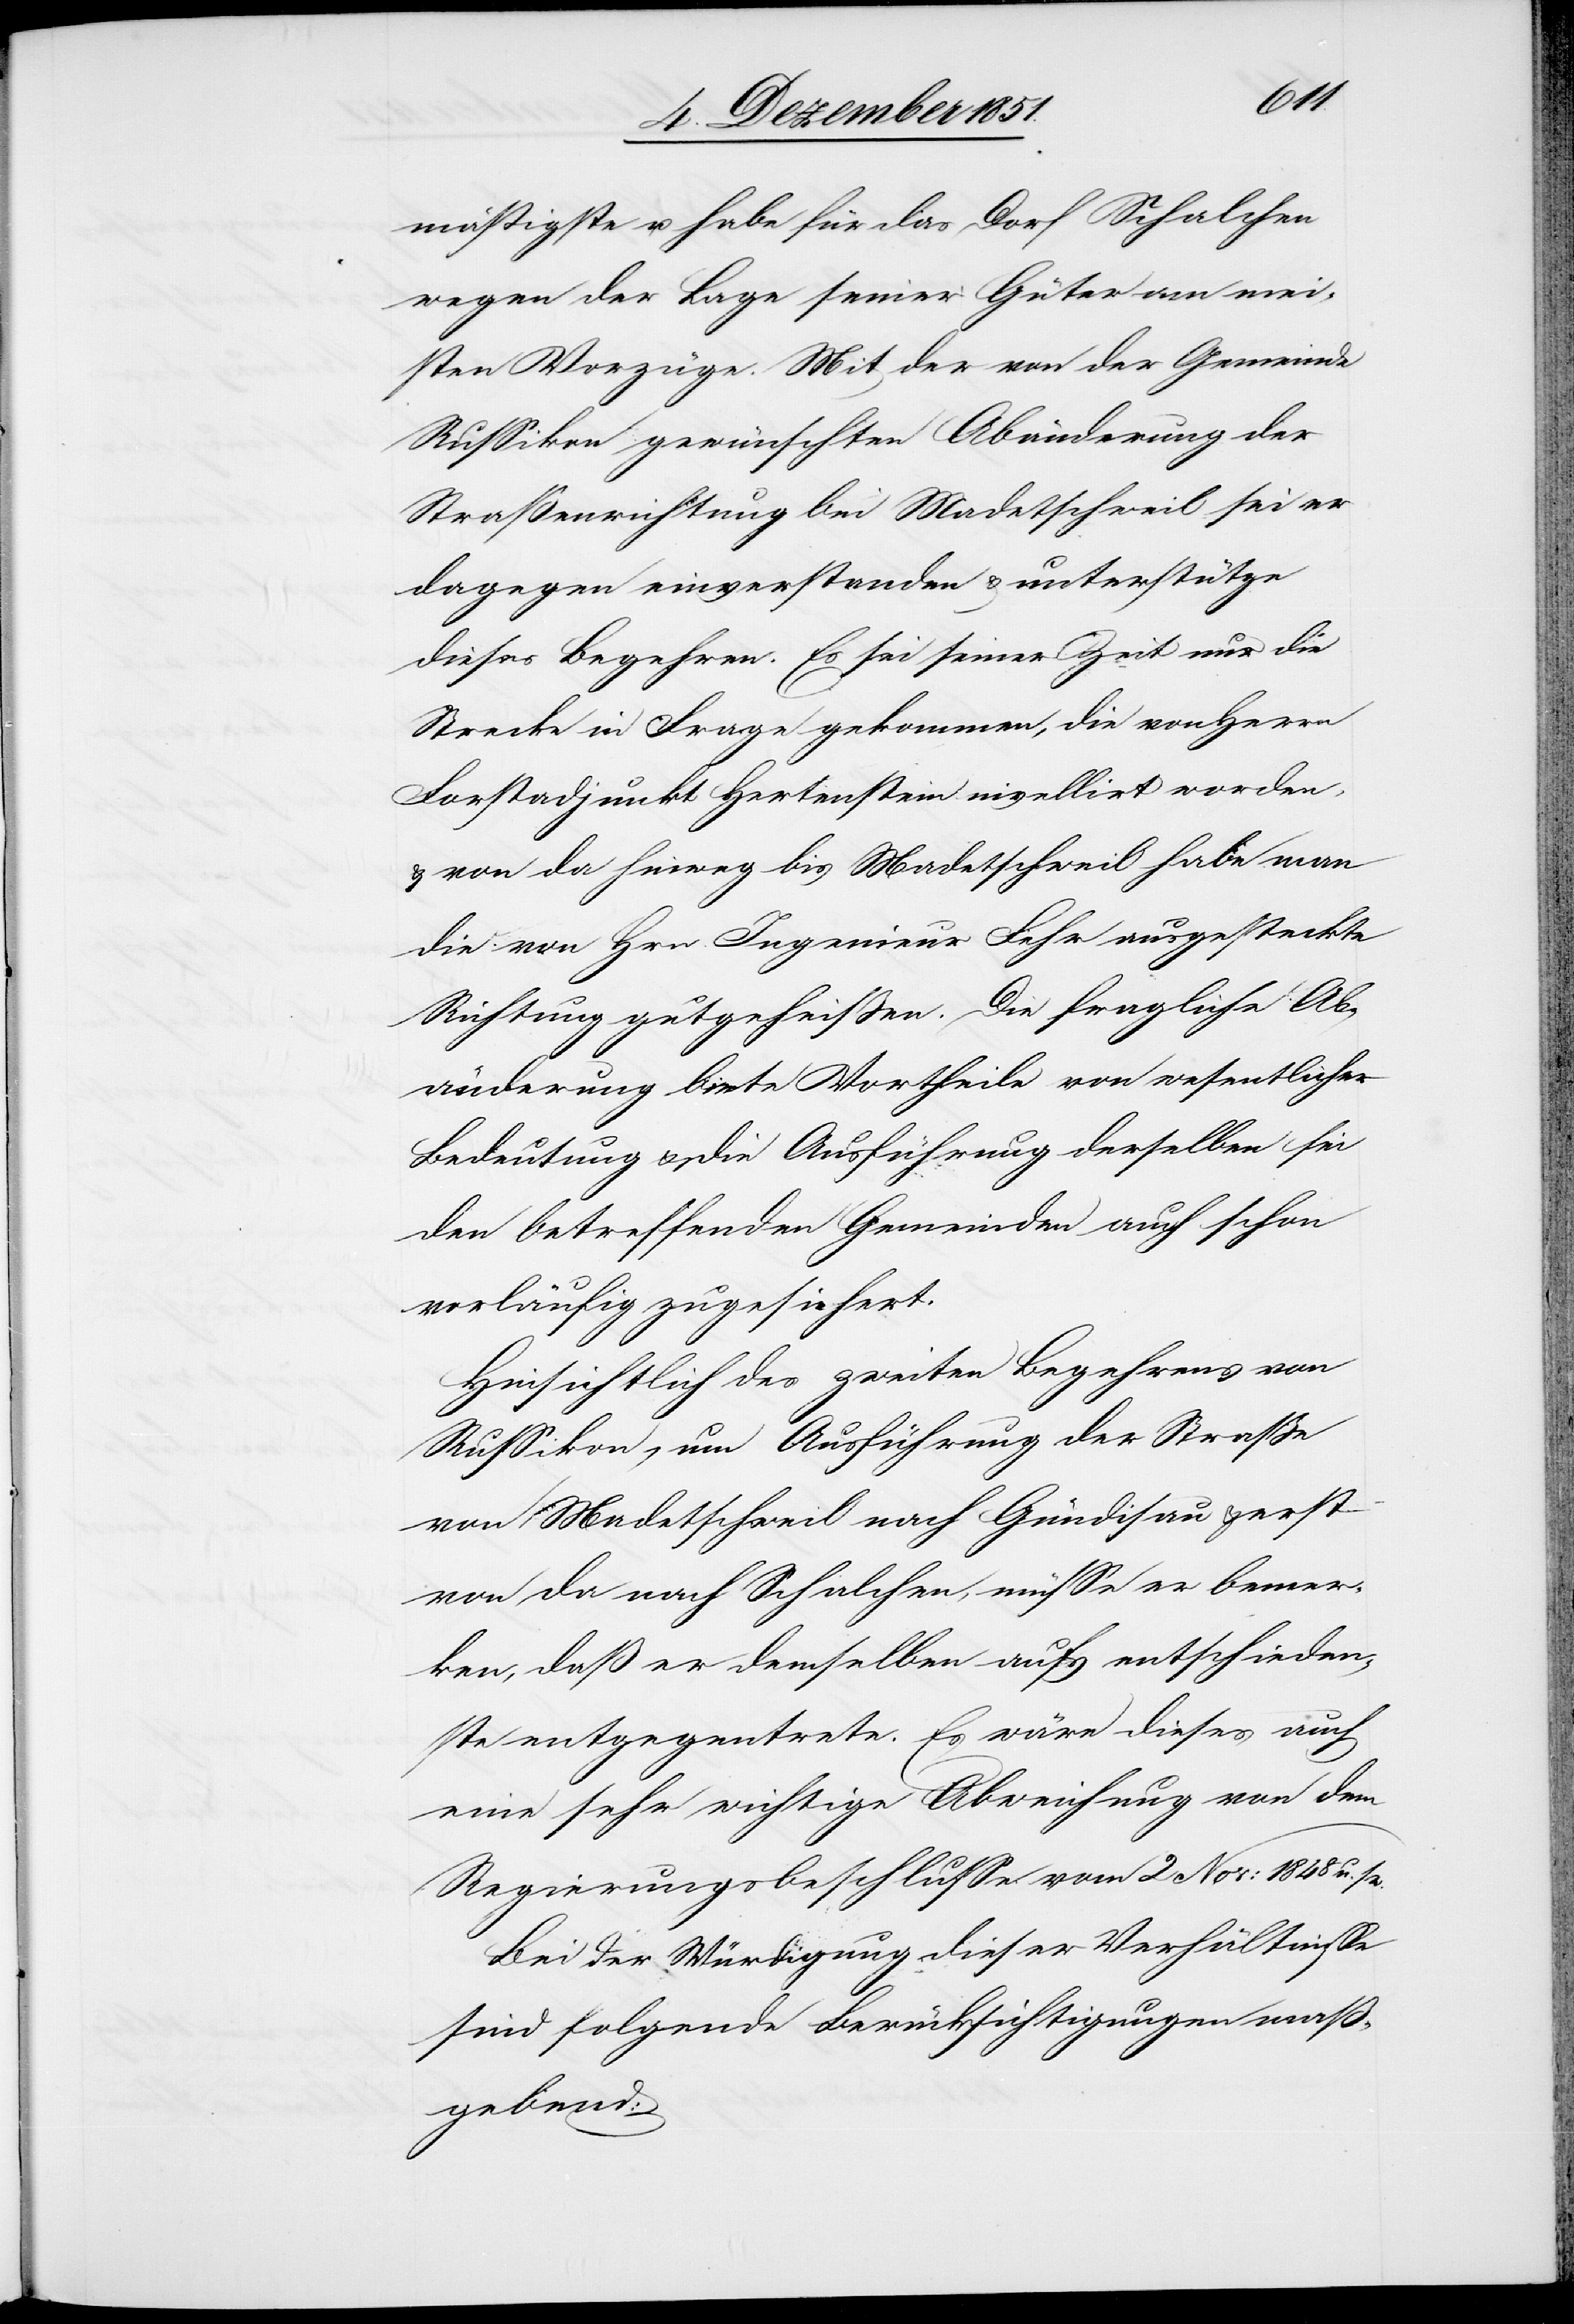
mäßigste u. habe für das Dorf Schalchen
wegen der Lage seiner Güter am mei¬
sten Vorzüge. Mit der von der Gemeinde
Russikon gewünschten Abänderung der
Straßenrichtung bei Madetschweil sei er
dagegen einverstanden & unterstütze
dieses Begehren. Es sei seiner Zeit nur die
Strecke in Frage gekommen, die von Herrn
Forstadjunkt Hertenstein nivellirt worden,
& von da hinweg bis Madetschweil habe man
die von Hrn. Ingenieur Fehr ausgesteckte
Richtung gutgeheißen. Die fragliche Ab¬
änderung biete Vortheile von wesentlicher
Bedeutung & die Ausführung derselben sei
den betreffenden Gemeinden auch schon
vorläufig zugesichert.
Hinsichtlich des zweiten Begehrens von
Russikon, um Ausführung der Straße
von Madetschweil nach Gündisau & erst
von da nach Schalchen, müsse er bemer¬
ken, daß er demselben aufs entschieden¬
ste entgegentrete. Es wäre dieses auch
eine sehr wichtige Abweichung von dem
Regierungsbeschlusse vom 2 Nov: 1848 u. s.
Bei der Würdigung dieser Verhältnisse
sind folgende Berücksichtigungen maß¬
gebend: